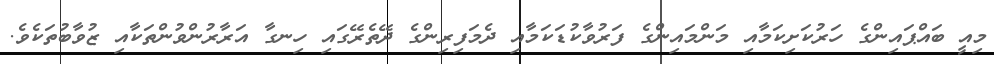
މިއީ ބައްޕައިންގެ ހަރުކަށިކަމާއި މަންމައިންގެ ފަރުވާކުޑަކަމާއި ދެމަފިރިންގެ ދޭތެރޭގައި ހިނގާ އަރާރުންވުންތަކާއި ޒުވާބުތަކެވެ.